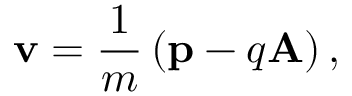
{ \bf v } = \frac { 1 } { m } \left( { \bf p } - q { \bf A } \right) ,